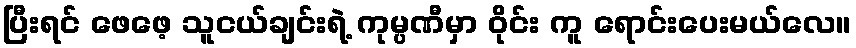
ပြီးရင် ဖေဖေ့ သူငယ်ချင်းရဲ့ ကုမ္ပဏီမှာ ဝိုင်း ကူ ရောင်းပေးမယ်လေ။